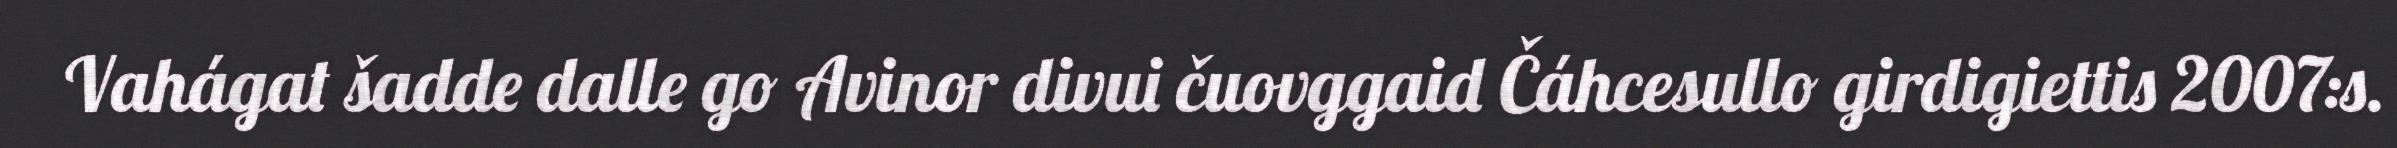
Vahágat šadde dalle go Avinor divui čuovggaid Čáhcesullo girdigiettis 2007:s.